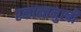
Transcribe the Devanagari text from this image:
एकान्तमुखी